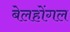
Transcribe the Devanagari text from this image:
बेलहोंगल